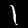
Label: 1